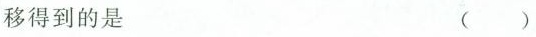
移得到的是 ( )